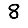
Digit: 8